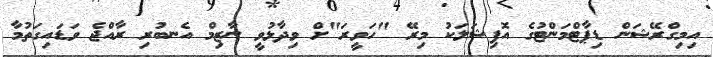
އިމިގްރޭޝަން ޑިޕާޓްމަންޓުގެ އޮފިޝަލަކު މިރޭ "ހަވީރަ"ށް ވިދާޅުވީ ނާޒިމް އެނބުރި ރާއްޖެ ވަޑައިގަތުމާ